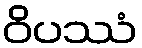
ဝိပဿံ